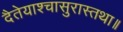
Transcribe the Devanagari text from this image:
दैतेयाश्चासुरास्तथा॥